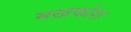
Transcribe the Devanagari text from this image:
मखकोश